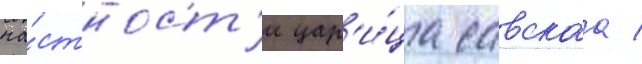
ча́стност'и цар'и́ца савскаа /